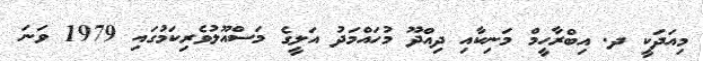
މިއަދަކީ ދ. އިބްރާހީމް މަނިކާއި ދިއްދޫ މުހައްމަދު އަލީގެ މަސްއޫލުވެރިކަމުގައި 1979 ވަނަ